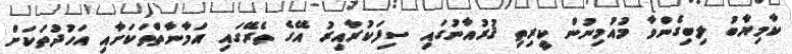
ކާމިޔާބު ލިބިގެންވާ މުއުމިނުން ކީރިތި ޤުރުއާނުގައި ސިފަކުރާއިރު އޭގެ ތެރޭގައި އަމާނާތްތަކަށާއި އަހުދުތަކަށް